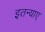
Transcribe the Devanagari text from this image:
इतन्याए